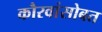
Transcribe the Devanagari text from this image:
कौरवांसोबत